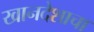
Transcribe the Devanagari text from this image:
खानदेशाचा